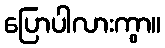
ပြောပါလားကွာ။